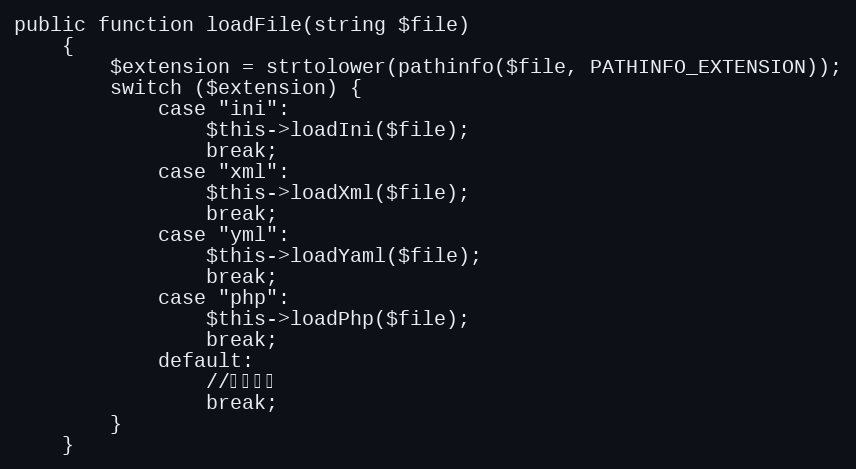
Language: PHP
public function loadFile(string $file)
    {
        $extension = strtolower(pathinfo($file, PATHINFO_EXTENSION));
        switch ($extension) {
            case "ini":
                $this->loadIni($file);
                break;
            case "xml":
                $this->loadXml($file);
                break;
            case "yml":
                $this->loadYaml($file);
                break;
            case "php":
                $this->loadPhp($file);
                break;
            default:
                //不用处理
                break;
        }
    }